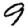
Digit: 9